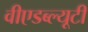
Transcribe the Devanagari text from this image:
वीएडब्ल्यूटी